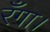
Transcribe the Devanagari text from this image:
रँगा।